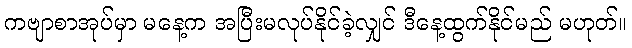
ကဗျာစာအုပ်မှာ မနေ့က အပြီးမလုပ်နိုင်ခဲ့လျှင် ဒီနေ့ထွက်နိုင်မည် မဟုတ်။